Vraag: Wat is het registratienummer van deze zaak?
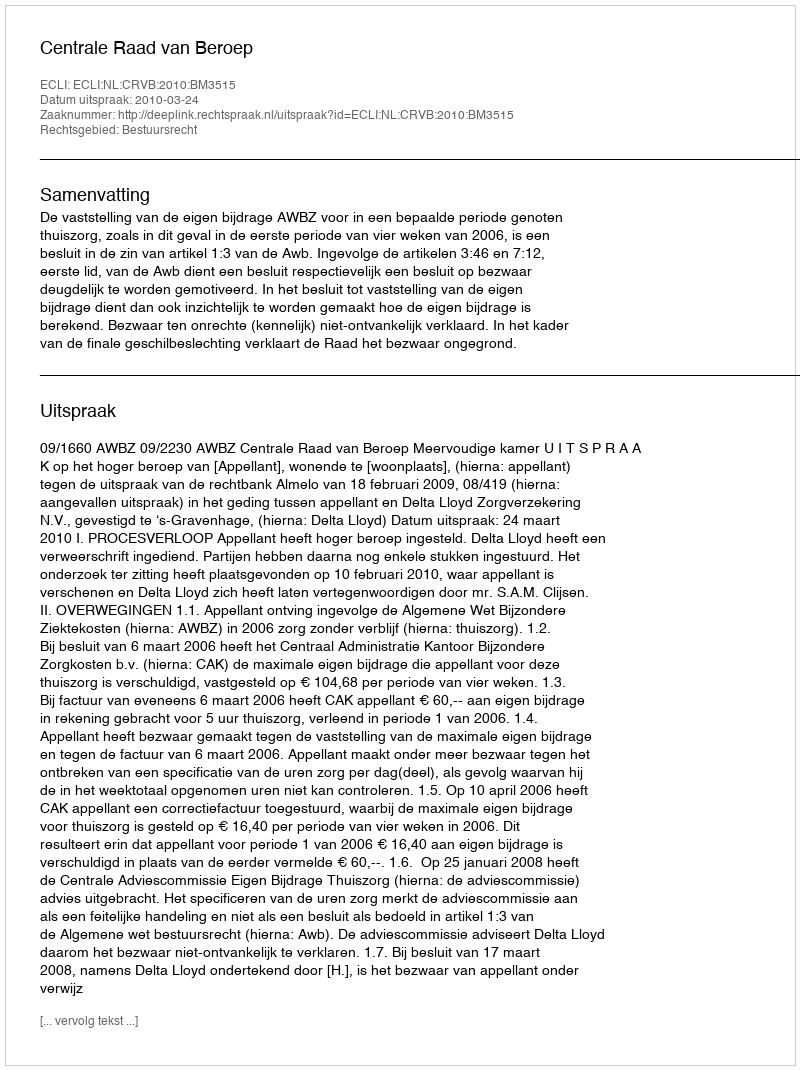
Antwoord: http://deeplink.rechtspraak.nl/uitspraak?id=ECLI:NL:CRVB:2010:BM3515